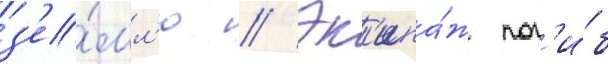
з'е́мл'ю // Эк'ипа́ж пог'и́б